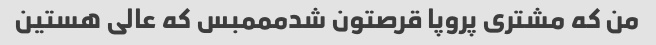
من که مشتری پروپا قرصتون شدمممبس که عالی هستین